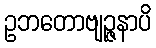
ဥဘတောဗျဉ္ဇနာပိ